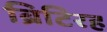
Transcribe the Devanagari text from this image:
ब्रिटिरह